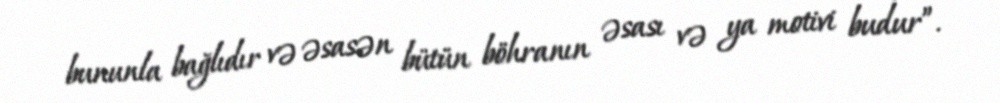
bununla bağlıdır və əsasən bütün böhranın əsası və ya motivi budur”.